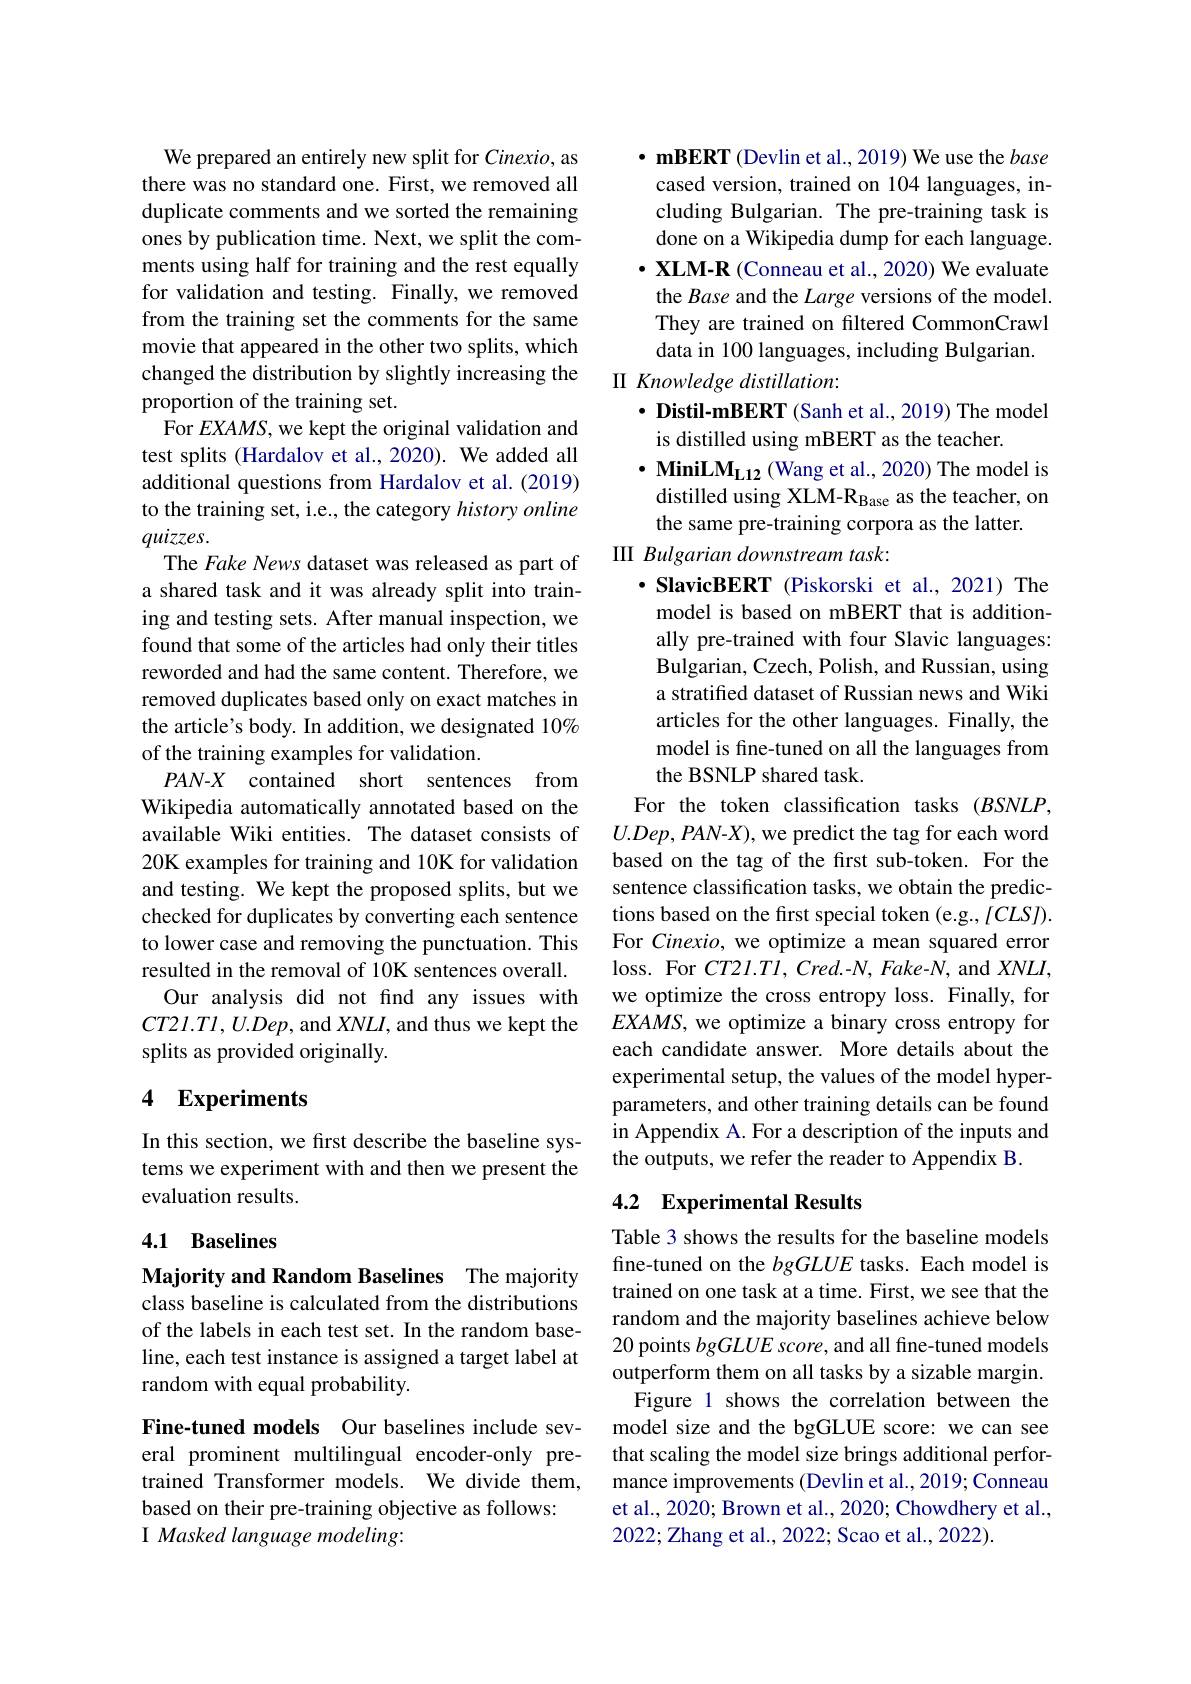
We prepared an entirely new split for Cinexio, as there was no standard one. First, we removed all duplicate comments and we sorted the remaining ones by publication time. Next, we split the comments using half for training and the rest equally for validation and testing. Finally, we removed from the training set the comments for the same movie that appeared in the other two splits, which changed the distribution by slightly increasing the proportion of the training set.
For $EXAMS$, we kept the original validation and test splits (Hardalov et al.,2020). We added all additional questions from Hardalov et al. (2019) to the training set, i.e., the category history online $quizzes.$
The Fake News dataset was released as part of a shared task and it was already split into training and testing sets. After manual inspection, we found that some of the articles had only their titles reworded and had the same content. Therefore, we removed duplicates based only on exact matches in the article's body. In addition, we designated 10% of the training examples for validation.
PAN-X contained short sentences from Wikipedia automatically annotated based on the available Wiki entities. The dataset consists of 20K examples for training and 10K for validation and testing. We kept the proposed splits, but we checked for duplicates by converting each sentence to lower case and removing the punctuation. This resulted in the removal of 10K sentences overall.
Our analysis did not find any issues with $CT21.T1,U.Dep$, and $XNLI$, and thus we kept the splits as provided originally.

## 4 Experiments

In this section, we first describe the baseline systems we experiment with and then we present the evaluation results.

## 4.1 Baselines

Majority and Random Baselines The majority class baseline is calculated from the distributions of the labels in each test set. In the random baseline, each test instance is assigned a target label at random with equal probability.

Fine-tuned models Our baselines include several prominent multilingual encoder-only pretrained Transformer models. We divide them, based on their pre-training objective as follows:
I Masked language modeling:

· mBERT (Devlin et al., 2019) We use the base cased version, trained on 104 languages, including Bulgarian. The pre-training task is done on a Wikipedia dump for each language. $\cdot$ XLM-R (Conneau et al., 2020) We evaluate the Base and the Large versions of the model. They are trained on filtered CommonCrawl data in 100 languages, including Bulgarian.
II Knowledge distillation:
$\cdot$ Distil-mBERT (Sanh et al., 2019) The model
is distilled using mBERT as the teacher.
$\cdot$MiniL$M_{L12}$ ( Wang et al. , 2020) The model is
distilled using XLM-R$_\mathrm{Base}$ as the teacher, on
the same pre-training corpora as the latter.
II Bulgarian downstream task:
$\cdot$ SlavicBERT (Piskorski et al., 2021) The model is based on mBERT that is additionally pre-trained with four Slavic languages: Bulgarian, Czech, Polish, and Russian, using a stratified dataset of Russian news and Wiki articles for the other languages. Finally, the model is fine-tuned on all the languages from the BSNLP shared task.
For the token classification tasks $(BSNLP$, $U.Dep,PAN$-$X)$, we predict the tag for each word based on the tag of the frst sub-token. For the sentence classification tasks, we obtain the predictions based on the first special token (e.g., [CLS]) For Cinexio, we optimize a mean squared error loss. For $CT21.Tl,Cred.-N,Fake-N$, and $XNLI$, we optimize the cross entropy loss. Finally, for $EXAMS$, we optimize a binary cross entropy for each candidate answer. More details about the experimental setup, the values of the model hyperparameters, and other training details can be found in Appendix A. For a description of the inputs and the outputs, we refer the reader to Appendix B.

## 4.2 Experimental Results

Table 3 shows the results for the baseline models fine-tuned on the bgGLUE tasks. Each model is trained on one task at a time. First, we see that the random and the majority baselines achieve below 20 points bgGLUE score, and all fine-tuned models outperform them on all tasks by a sizable margin.
Figure 1 shows the correlation between the model size and the bgGLUE score: we can see that scaling the model size brings additional performance improvements (Devlin et al.,2019; Conneau et al., 2020; Brown et al., 2020; Chowdhery et al., 2022; Zhang et al., 2022; Scao et al., 2022).